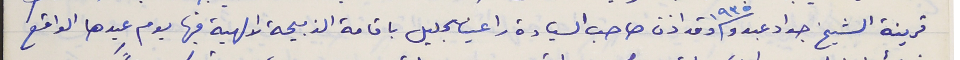
قرينة الشيخ جواد عبدو سنة ١٩٣٥ وقد اذن صاحب السيادة راعينا الجليل باقامة الذبيحة الالهية فيها يوم عيدها الواقع